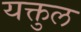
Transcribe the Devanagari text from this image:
यक्तुल